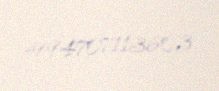
+994707113603